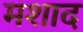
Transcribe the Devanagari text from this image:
मशाद